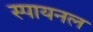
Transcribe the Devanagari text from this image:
स्पायनल